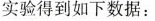
实验得到如下数据：